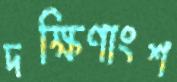
দক্ষিণাংশ